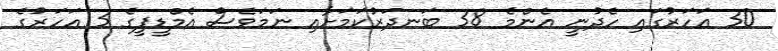
30 އަހަރުގައި ހެދުނީ އެންމެ 38 ބަނދަރުކަމަށާއި ނަމަވެސް އެމްޑީޕީގެ 3 އަހަރުގެ